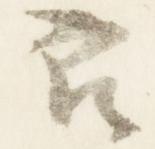
良